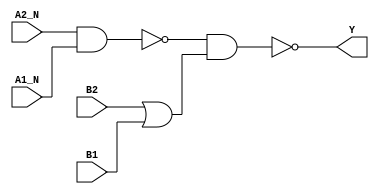
module sky130_fd_sc_ls__o2bb2ai (
    Y   ,
    A1_N,
    A2_N,
    B1  ,
    B2
);

    // Module ports
    output Y   ;
    input  A1_N;
    input  A2_N;
    input  B1  ;
    input  B2  ;

    // Local signals
    wire nand0_out  ;
    wire or0_out    ;
    wire nand1_out_Y;

    //   Name   Output       Other arguments
    nand nand0 (nand0_out  , A2_N, A1_N        );
    or   or0   (or0_out    , B2, B1            );
    nand nand1 (nand1_out_Y, nand0_out, or0_out);
    buf  buf0  (Y          , nand1_out_Y       );

endmodule